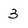
Character: 3